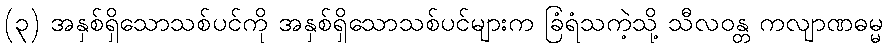
(၃) အနှစ်ရှိသောသစ်ပင်ကို အနှစ်ရှိသောသစ်ပင်များက ခြံရံသကဲ့သို့ သီလဝန္တ ကလျာဏဓမ္မ